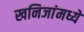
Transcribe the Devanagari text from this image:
खनिजांमध्ये